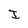
Character: I